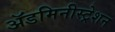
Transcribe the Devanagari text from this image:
ॲडमिनीस्ट्रेशन